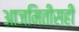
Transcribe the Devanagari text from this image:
आजमितीसही